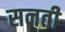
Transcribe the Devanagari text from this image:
सनती